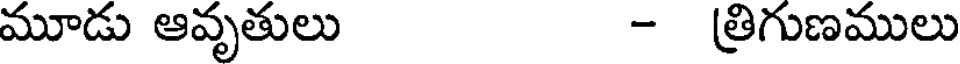
మూడు ఆవృతులు - త్రిగుణములు